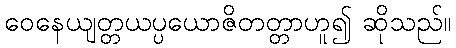
ဝေနေယျတ္တယပ္ပယောဇိတတ္တာဟူ၍ ဆိုသည်။